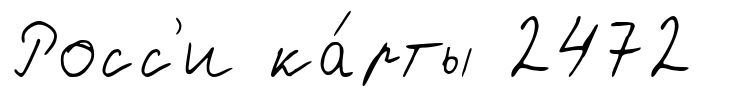
Росс'и ка́рты 2472